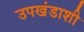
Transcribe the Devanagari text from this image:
उपखंडाशी